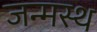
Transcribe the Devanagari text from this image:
जन्मस्थ